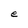
Character: e